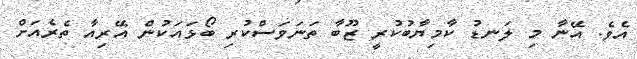
އެވެ. އޭނާ މި ލަނޑު ކާމިޔާބުކުރީ ޒޫބާ ތަނަވަސްކުރި ބޯޅައަކުން އޭރިއާ ތެރެއަށް